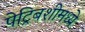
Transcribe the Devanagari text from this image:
पेट्रिबशीमध्ये